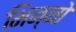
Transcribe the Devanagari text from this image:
भिन्नो